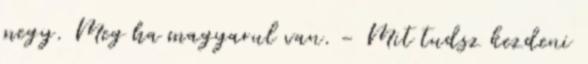
megy. Meg ha magyarul van. - Mit tudsz kezdeni